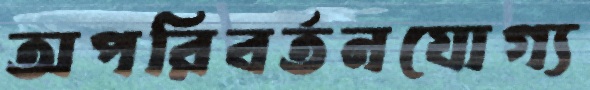
অপরিবর্তনযোগ্য